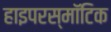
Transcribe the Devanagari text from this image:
हाइपरस्मॉटिक